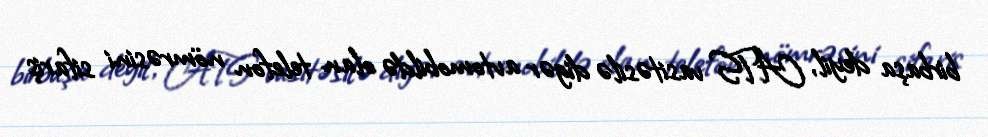
birbaşa deyil, ATS vasitəsilə digər avtomobildə olan telefon nömrəsini sifariş